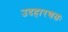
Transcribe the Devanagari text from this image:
उदहारणतः